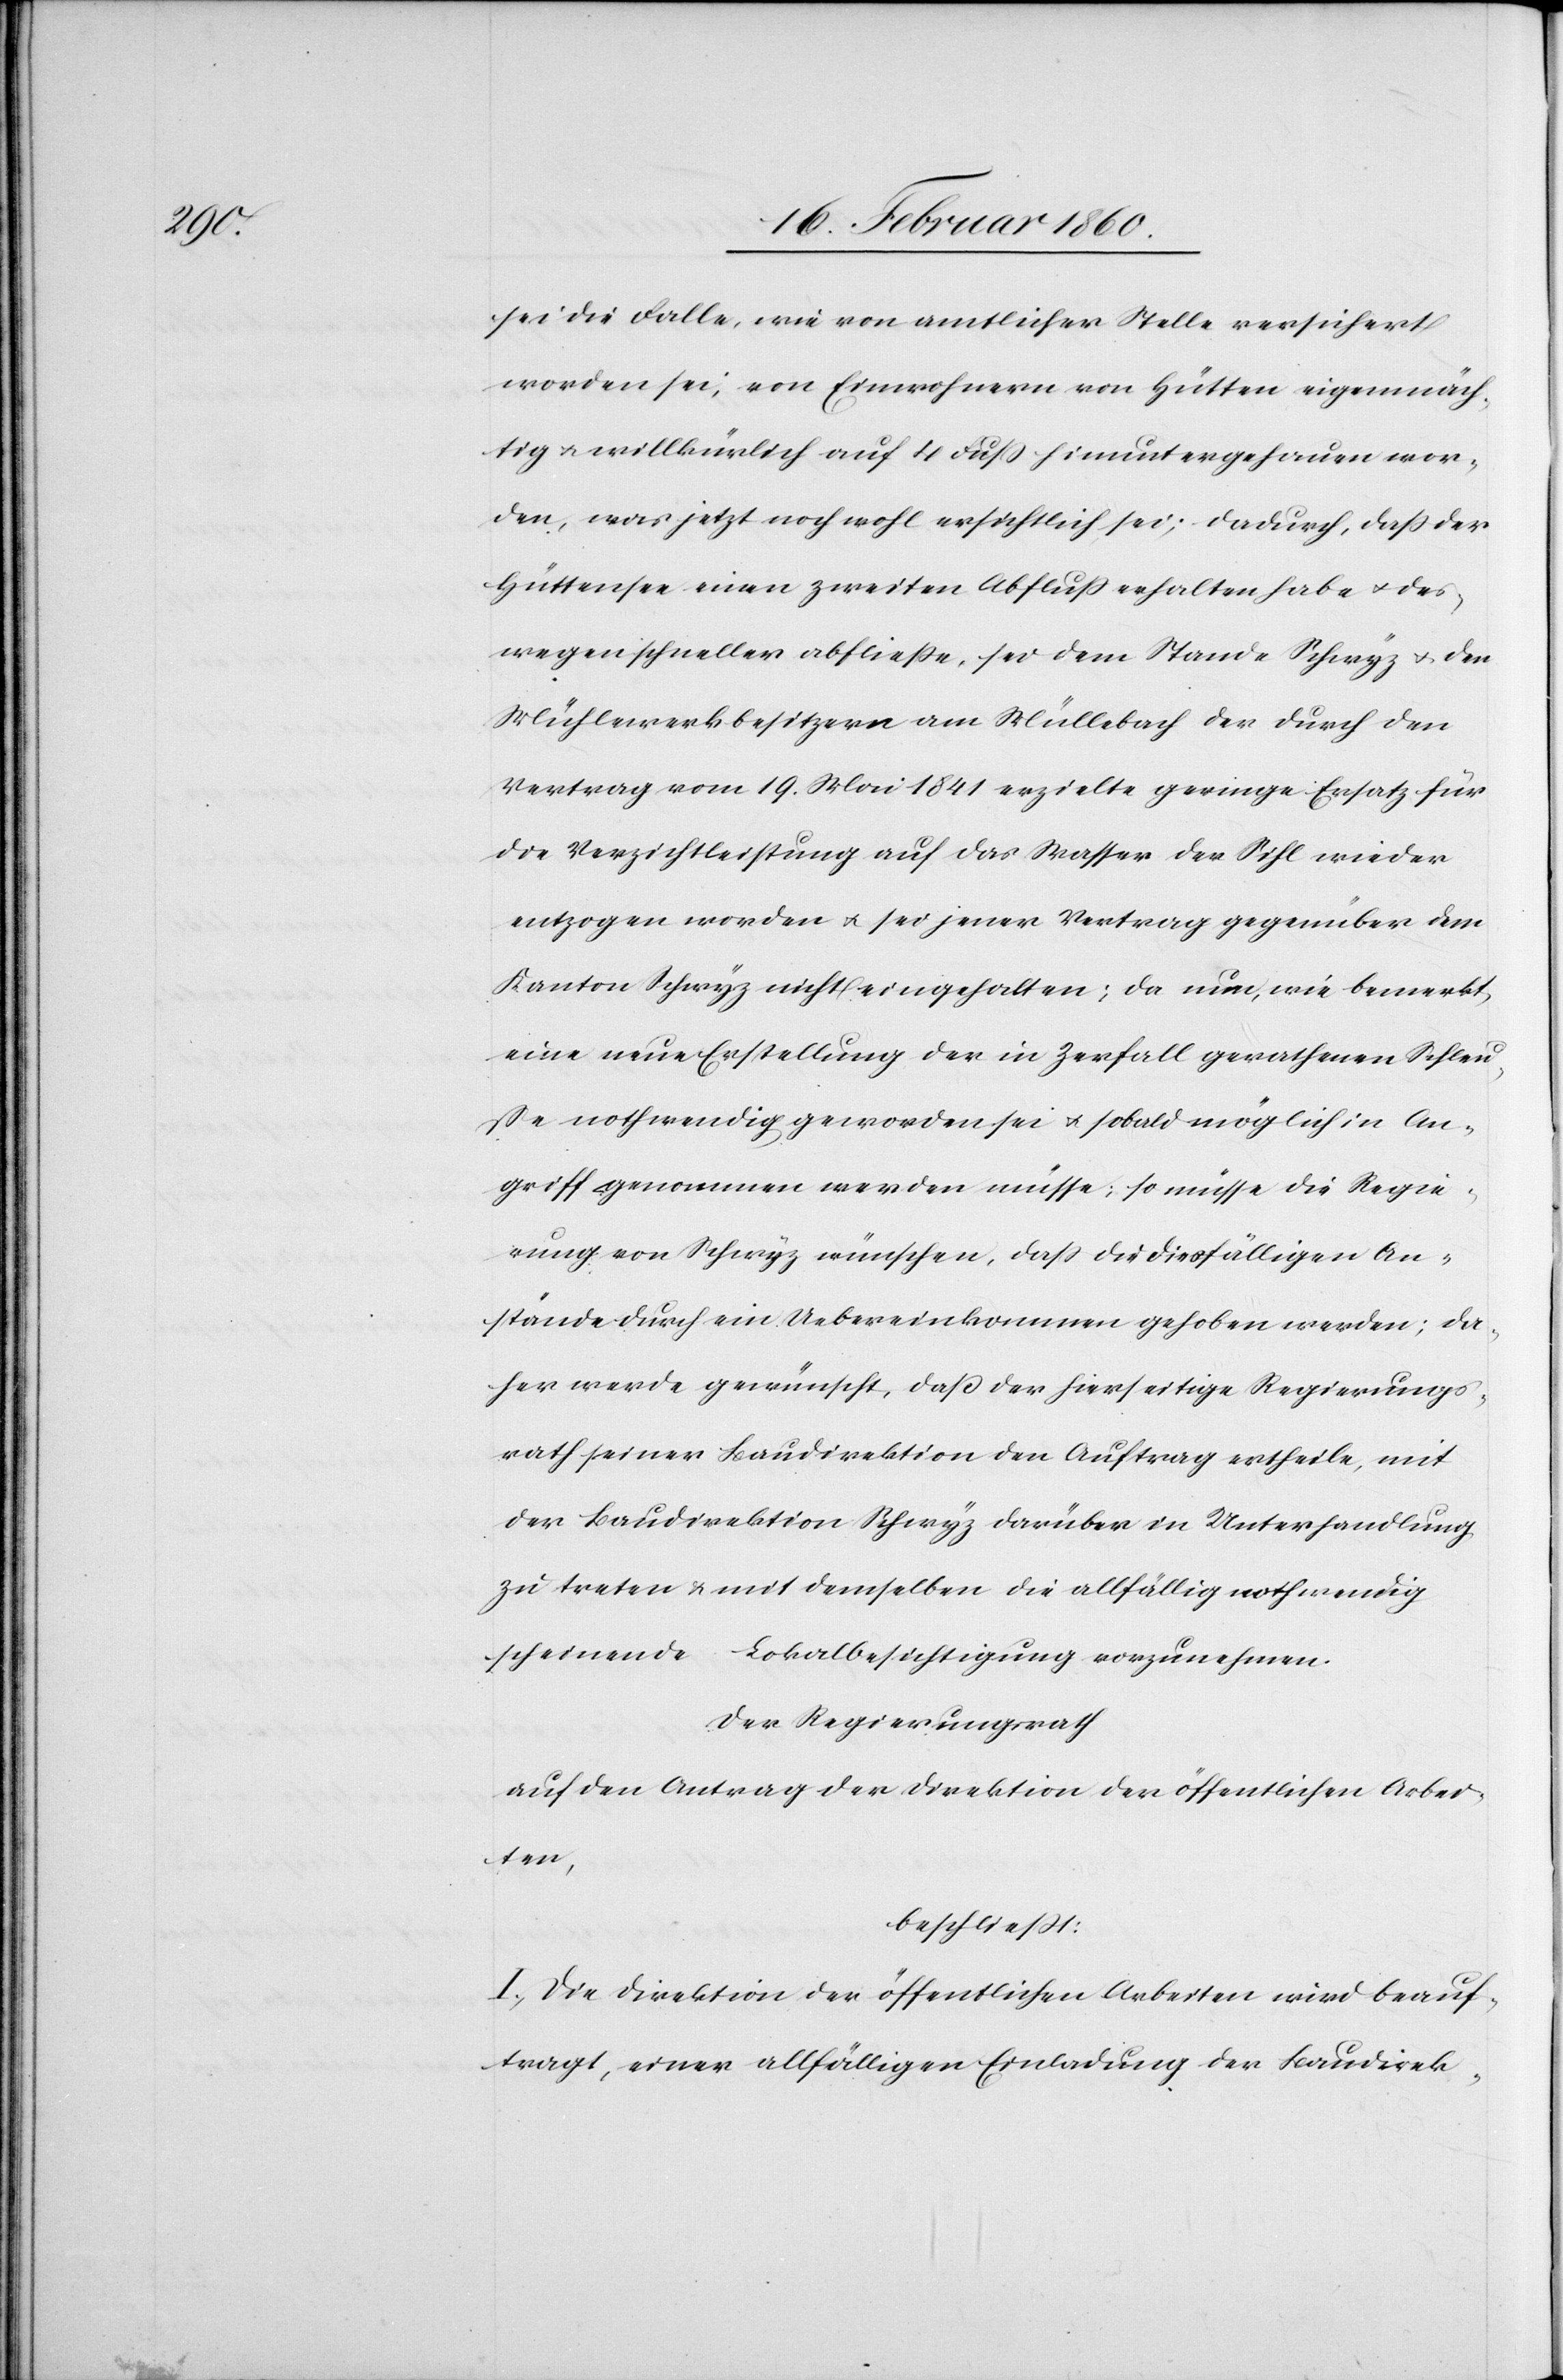
sei die Falle, wie von amtlicher Stelle versichert
worden sei, von Einwohnern von Hütten eigenmäch¬
tig u. willkürlich auf 4 Fuß hinuntergehauen wor¬
den, was jetzt noch wohl ersichtlich sei; dadurch, dass der
Hüttensee einen zweiten Abfluß erhalten habe u. des¬
wegen schneller abfliesse, sei dem Stande Schwyz u. den
Mühlenwerkbesitzern am Müllebach der durch den
Vertrag vom 19. Mai 1841 erzielte geringe Ersatz für
die Verzichtleistung auf das Wasser der Sihl wieder
entzogen worden u. sei jener Vertrag gegenüber dem
Kanton Schwyz nicht eingehalten; da nun, wie bemerkt,
eine neue Erstellung der in Zerfall gerathenen Schleu¬
sse nothwendig geworden sei u. sobald möglich in An¬
griff genommen werden müsse, so müsse die Regie¬
rung von Schwyz wünschen, dass die diesfälligen An¬
stände durch die Uebereinkommen gehoben werden; da¬
her werde gewünscht, dass der hierseitige Regierungs¬
rath seiner Baudirektion den Auftrag ertheile, mit
der Baudirektion Schwyz darüber in Unterhandlung
zu treten u. mit demselben die allfällig nothwendig
scheinende Lokalbesichtigung vorzunehmen.
Der Regierungsrath
auf den Antrag der Direktion der öffentlichen Arbei¬
ten,
beschliesst:
I. Die Direktion der öffentlichen Arbeiten wird beauf¬
tragt, einer allfälligen Einladung der Baudirek-